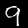
Label: 9